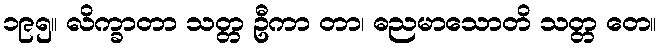
၁၉၅။ လိက္ခာတာ သတ္တ ဦကာ တာ၊ ဓညမာသောတိ သတ္တ တေ။